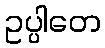
ဥပ္ပါတေ